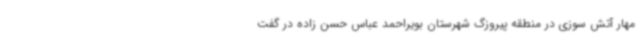
مهار آتش سوزی در منطقه پیروزگ شهرستان بویراحمد عباس حسن زاده در گفت